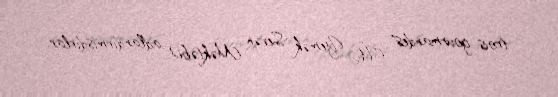
trois gourmandes" (Üç Yemək Sevən Məktəbi) adlandırmışdırlar.